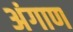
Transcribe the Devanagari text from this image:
अंगाण